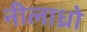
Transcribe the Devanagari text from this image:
नीलाध्रो